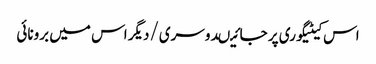
اس کیٹیگوری پر جائیںدوسری/دیگر اس میں برونائی